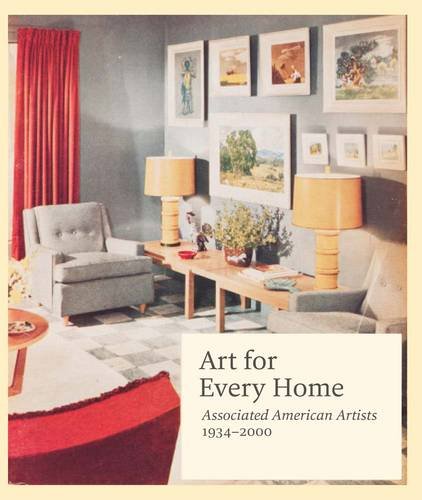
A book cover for Art for Every Home: Associated American Artists, 1934EE2000; Arts & Photography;